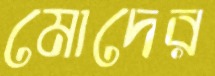
মোদের